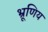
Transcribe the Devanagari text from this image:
भ्रूणिय